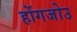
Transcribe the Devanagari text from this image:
होंगजोउ